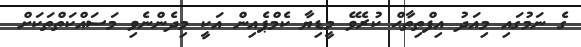
ގެ ނަމުގައި މިއަދު އިފްތިތާޙް ކުރެވޭ މީޑިޔާ ކެމްޕެއިން އަކީ މިދެންނެވި މަސައްކަތްތަކަށް